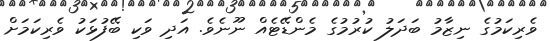
ވެރިކަމުގެ ނިޒާމު ބަދަލު ކުރުމުގެ މެންޑޭޓެއް ނޫނެވެ. އަދި ވަކި ބޭފުޅަކު ވެރިކަމަށް